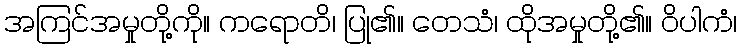
အကြင်အမှုတို့ကို။ ကရောတိ၊ ပြု၏။ တေသံ၊ ထိုအမှုတို့၏။ ဝိပါကံ၊